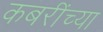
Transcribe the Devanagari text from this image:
कबरींच्या